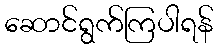
ဆောင်ရွက်ကြပါရန်